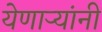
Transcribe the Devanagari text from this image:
येणार्‍यांनी